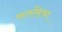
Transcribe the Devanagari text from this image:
फलसिफा